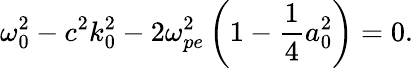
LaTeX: \omega_{0}^{2}-c^{2}k_{0}^{2}-2\omega_{pe}^{2}\left(1-\frac{1}{4}a_{0}^{2}\right)=0.